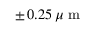
\pm \, 0 . 2 5 \, \mu \mathrm { ~ m ~ }